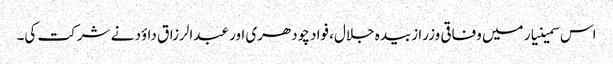
اس سمینیار میں وفاقی وزرا زبیدہ جلال، فواد چودھری اور عبدالرزاق داؤد نے شرکت کی۔